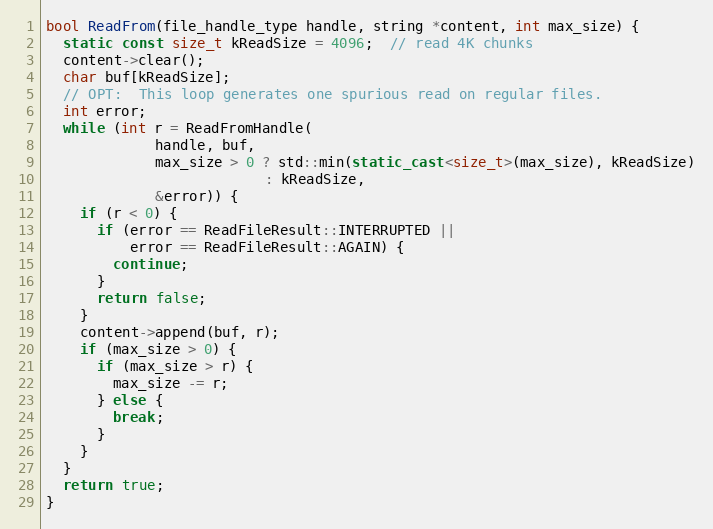
Language: C++
bool ReadFrom(file_handle_type handle, string *content, int max_size) {
  static const size_t kReadSize = 4096;  // read 4K chunks
  content->clear();
  char buf[kReadSize];
  // OPT:  This loop generates one spurious read on regular files.
  int error;
  while (int r = ReadFromHandle(
             handle, buf,
             max_size > 0 ? std::min(static_cast<size_t>(max_size), kReadSize)
                          : kReadSize,
             &error)) {
    if (r < 0) {
      if (error == ReadFileResult::INTERRUPTED ||
          error == ReadFileResult::AGAIN) {
        continue;
      }
      return false;
    }
    content->append(buf, r);
    if (max_size > 0) {
      if (max_size > r) {
        max_size -= r;
      } else {
        break;
      }
    }
  }
  return true;
}